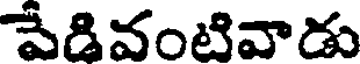
పేడివంటివాడు